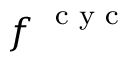
\boldsymbol f ^ { \mathrm { ~ \scriptsize ~ c ~ y ~ c ~ } }